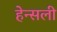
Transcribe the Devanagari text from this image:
हेन्सली